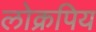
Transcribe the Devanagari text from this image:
लोक्रपिय